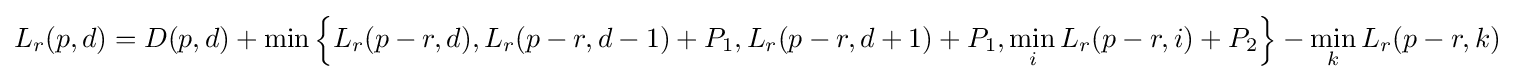
L_{r}(p,d)=D(p,d)+\min \left\{L_{r}(p-r,d),L_{r}(p-r,d-1)+P_{1},L_{r}(p-r,d+1)+P_{1},\min _{i}L_{r}(p-r,i)+P_{2}\right\}-\min _{k}L_{r}(p-r,k)